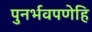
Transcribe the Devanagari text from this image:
पुनर्भवपणेहि